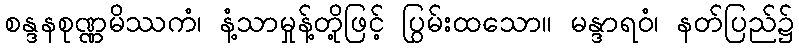
စန္ဒနစုဏ္ဏမိဿကံ၊ နံ့သာမှုန့်တို့ဖြင့် ပြွမ်းထသော။ မန္ဒာရဝံ၊ နတ်ပြည်၌